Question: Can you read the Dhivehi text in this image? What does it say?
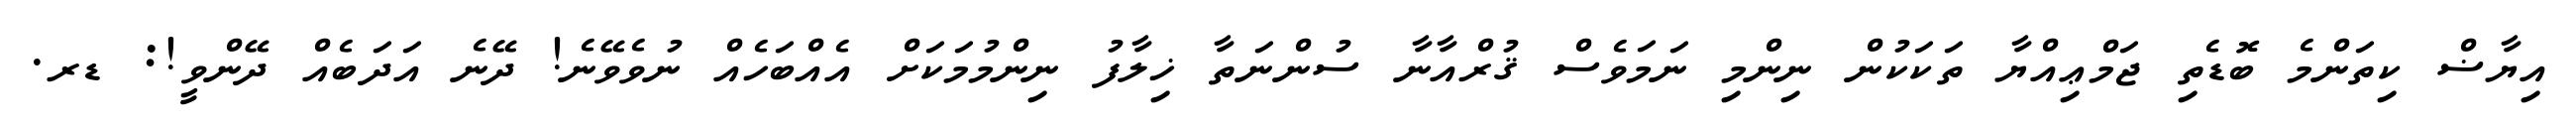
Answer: އިޔާޟް ކިތަންމެ ބޮޑެތި ޖަމްޢިއްޔާ ތަކަކުން ނިންމި ނަމަވެސް ޤުރްއާނާ ސުންނަތާ ޚިލާފު ނިންމުމަކަށް އެއްބަހެއް ނުވެވޭނެ! ދޭނެ އަދަބެއް ދޭންވީ!: ޑރ.